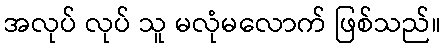
အလုပ် လုပ် သူ မလုံမလောက် ဖြစ်သည်။